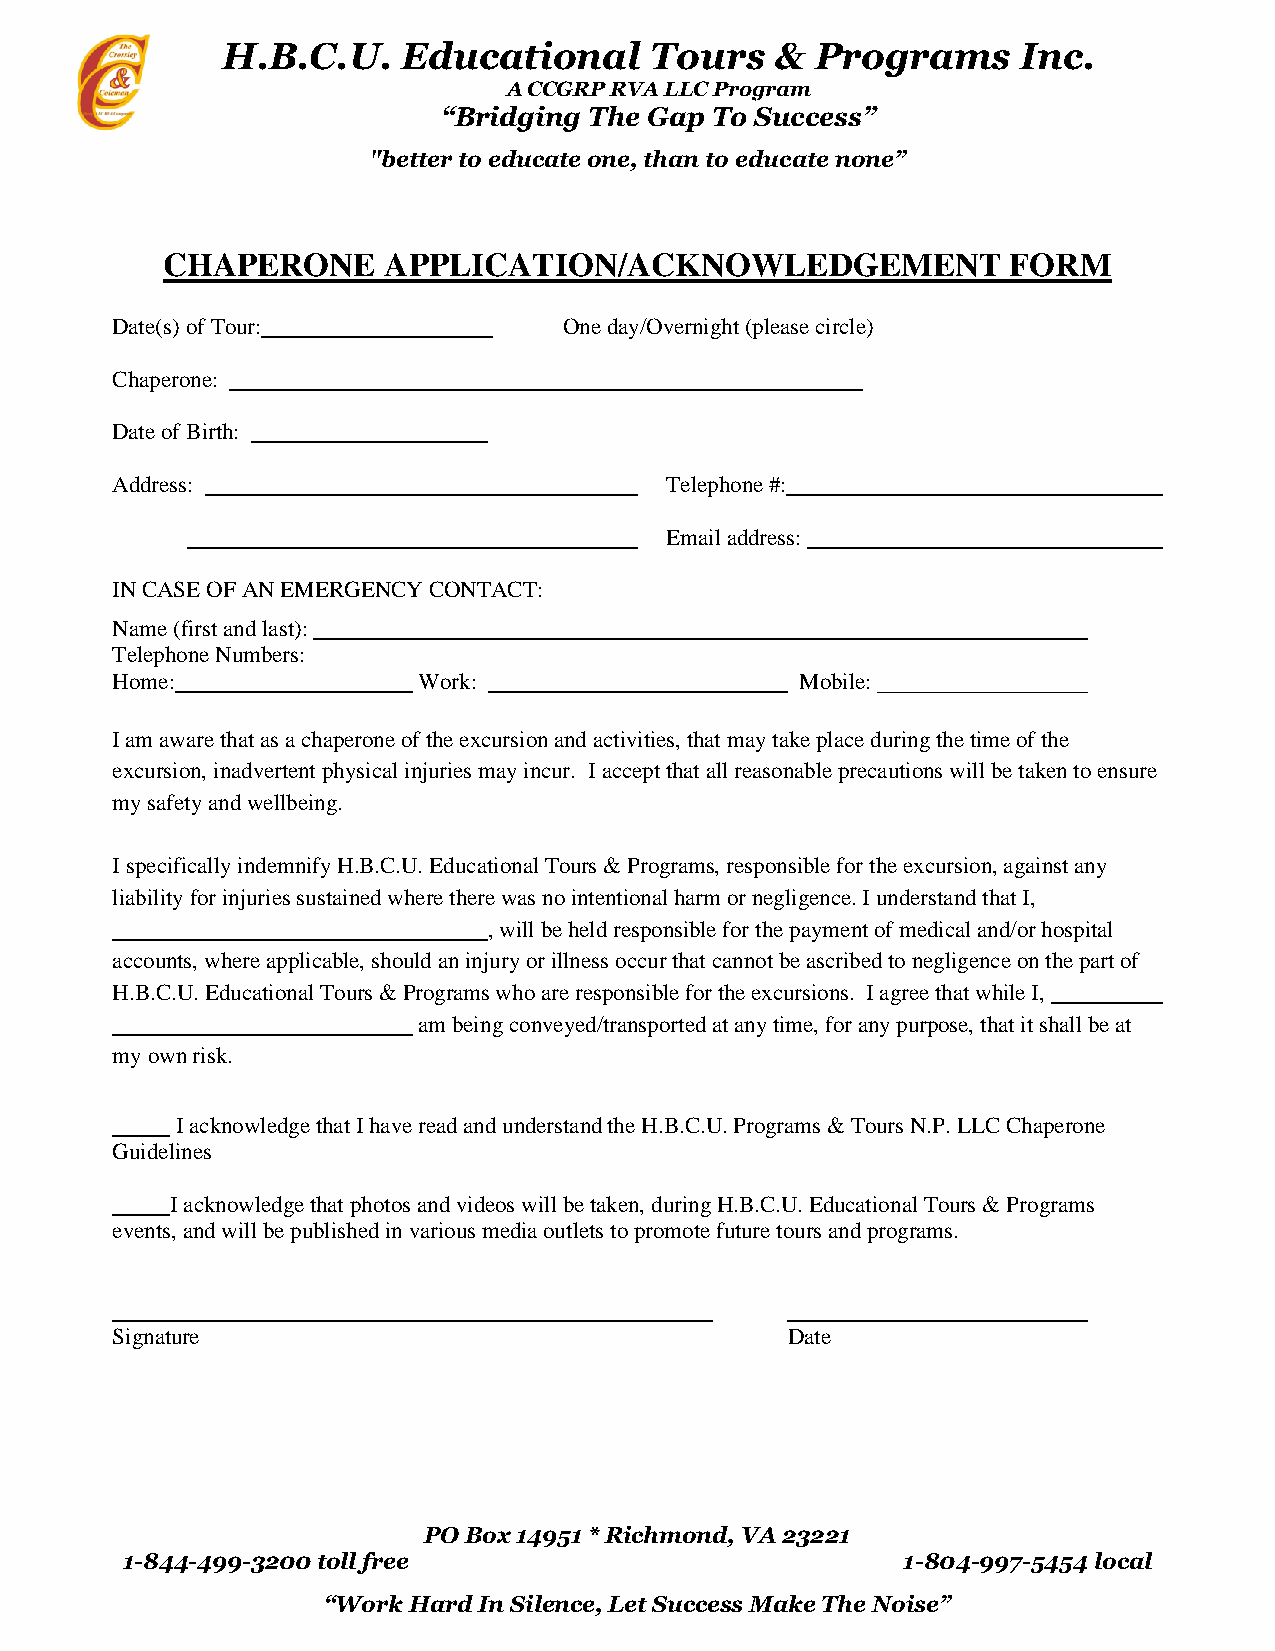
H.B.C.U.    Educational     Tours   &  Programs      Inc.
 A CCGRP RVA LLC Program
 “Bridging The Gap To Success”
 "better to educate one, than to educate none”
 CHAPERONE     APPLICATION/ACKNOWLEDGEMENT               FORM
 Date(s) of Tour:              One day/Overnight (please circle)
 Chaperone:
 Date of Birth:
 Address:                             Telephone #:
 Email address:
 IN CASE OF AN EMERGENCY CONTACT:
 Name (first and last):
 Telephone Numbers:
 Home:                Work:                    Mobile:
 I am aware that as a chaperone of the excursion and activities, that may take place during the time of the
 excursion, inadvertent physical injuries may incur. I accept that all reasonable precautions will be taken to ensure
 my safety and wellbeing.
 I specifically indemnify H.B.C.U. Educational Tours & Programs, responsible for the excursion, against any
 liability for injuries sustained where there was no intentional harm or negligence. I understand that I,
 , will be held responsible for the payment of medical and/or hospital
 accounts, where applicable, should an injury or illness occur that cannot be ascribed to negligence on the part of
 H.B.C.U. Educational Tours & Programs who are responsible for the excursions. I agree that while I,
 am being conveyed/transported at any time, for any purpose, that it shall be at
 my own risk.
 I acknowledge that I have read and understand the H.B.C.U. Programs & Tours N.P. LLC Chaperone
 Guidelines
 I acknowledge that photos and videos will be taken, during H.B.C.U. Educational Tours & Programs
 events, and will be published in various media outlets to promote future tours and programs.
 Signature                                    Date
 PO Box 14951 * Richmond, VA 23221
 1-844-499-3200 toll free                            1-804-997-5454 local
 “Work Hard In Silence, Let Success Make The Noise”